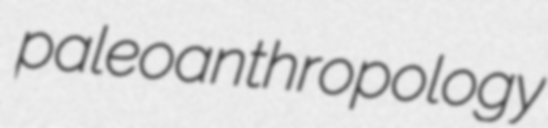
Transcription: paleoanthropology